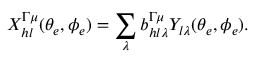
X _ { h l } ^ { \Gamma \mu } ( \theta _ { e } , \phi _ { e } ) = \sum _ { \lambda } b _ { h l \lambda } ^ { \Gamma \mu } Y _ { l \lambda } ( \theta _ { e } , \phi _ { e } ) .